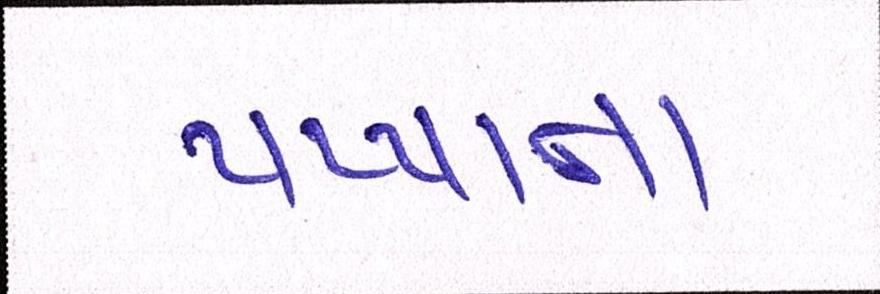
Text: પપ્પાના